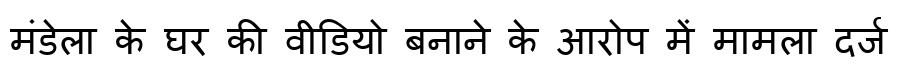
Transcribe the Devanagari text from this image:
मंडेला के घर की वीडियो बनाने के आरोप में मामला दर्ज